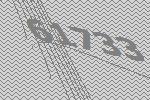
61733